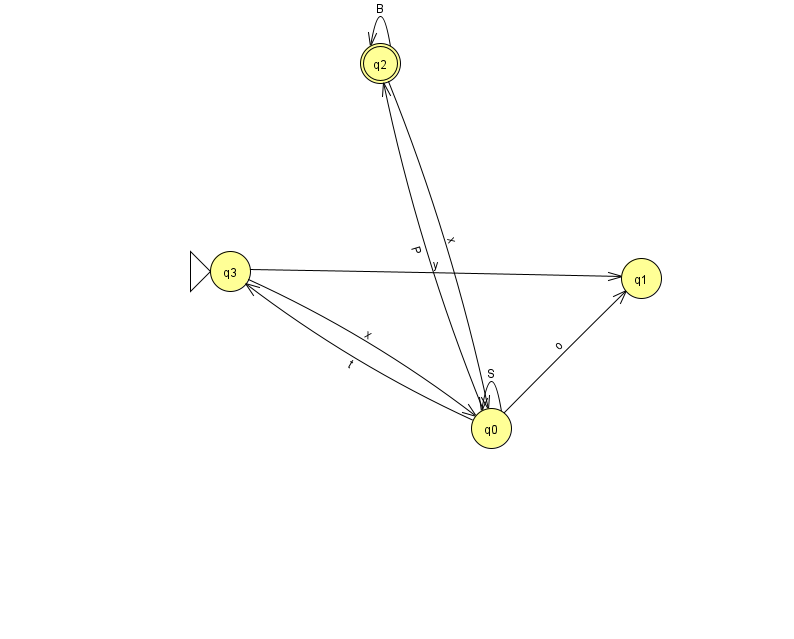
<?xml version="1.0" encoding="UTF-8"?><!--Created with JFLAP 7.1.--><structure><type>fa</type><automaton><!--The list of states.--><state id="0" name="q0"><x>491.0</x><y>415.0</y></state><state id="1" name="q1"><x>641.0</x><y>265.0</y></state><state id="2" name="q2"><x>380.0</x><y>50.0</y><final/></state><state id="3" name="q3"><x>230.0</x><y>258.0</y><initial/></state><!--The list of transitions.--><transition><from>3</from><to>1</to><read>y</read></transition><transition><from>0</from><to>1</to><read>o</read></transition><transition><from>2</from><to>2</to><read>B</read></transition><transition><from>0</from><to>0</to><read>S</read></transition><transition><from>0</from><to>3</to><read>t</read></transition><transition><from>2</from><to>0</to><read>x</read></transition><transition><from>0</from><to>2</to><read>P</read></transition><transition><from>3</from><to>0</to><read>x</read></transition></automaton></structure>